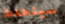
سيتحدث